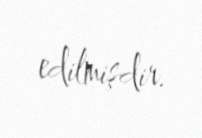
edilmişdir.